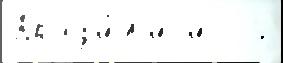
Браз'и́л'иjи   5